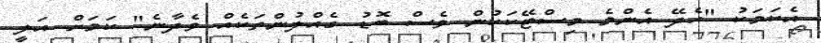
އެކަމަކު "ހެދޭ އެންމެ މިސްޓޭކަކުން ވެސް ބޮޑު ގެއްލުންތަކެއް ވެދާނެ" ކަމަށް އަލީ